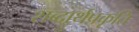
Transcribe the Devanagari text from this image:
शब्दार्थप्रकृति